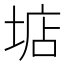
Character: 𡌽